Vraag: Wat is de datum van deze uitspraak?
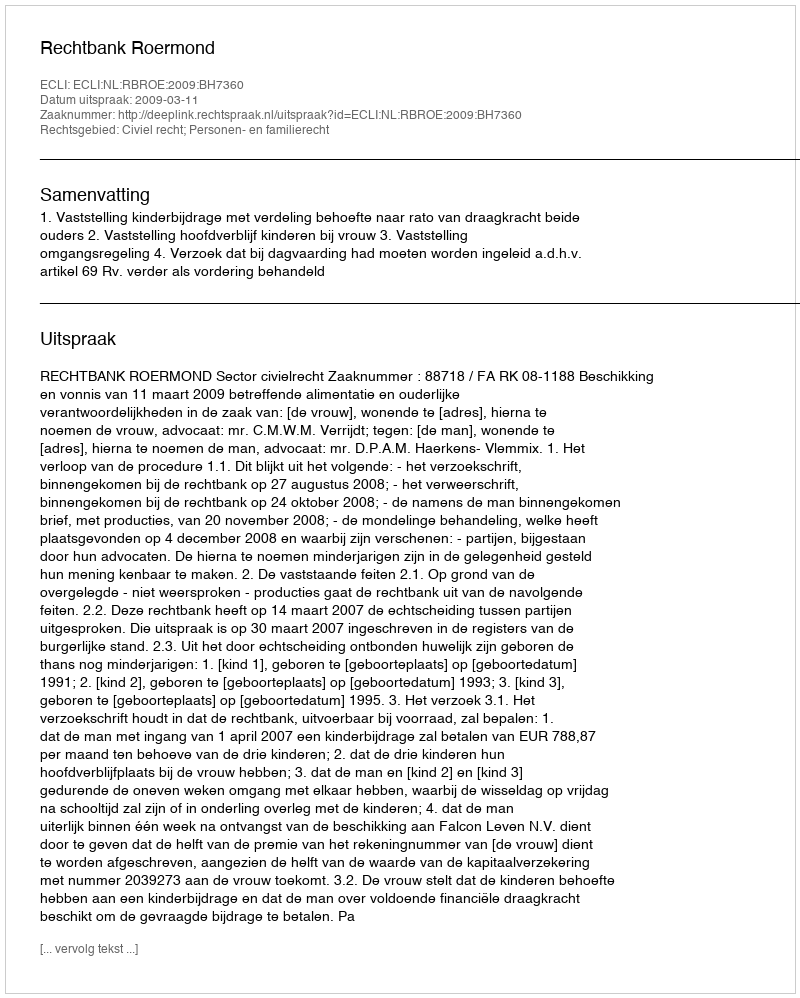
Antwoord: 2009-03-11